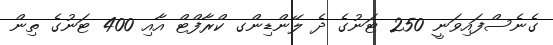
ގެނެސްފައިވަނީ 250 ޓަނުގެ ދެ ލޭންޑިންގ ކްރާފްޓް އާއި 400 ޓަނުގެ ތިން